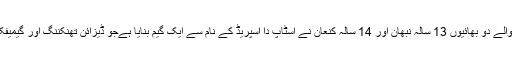
کراچی سے تعلق رکھنے والے دو بھائیوں 13 سالہ نبھان اور 14 سالہ کنعان نے اسٹاپ دا اسپریڈ کے نام سے ایک گیم بنایا ہےجو ڈیزائن تھنکننگ اور گیمیفکیشن اصولوں پر مبنی ہے۔